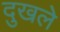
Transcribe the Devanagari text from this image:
दुखले